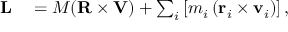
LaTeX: \begin{array} { r l } { \mathbf { L } } & { { } = M ( \mathbf { R } \times \mathbf { V } ) + \sum _ { i } \left[ m _ { i } \left( \mathbf { r } _ { i } \times \mathbf { v } _ { i } \right) \right] , } \end{array}